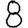
Digit: 8